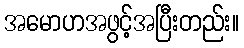
အမောဟအဖွင့်အပြီးတည်း။